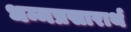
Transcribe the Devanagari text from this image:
धम्मप्रसारार्थ